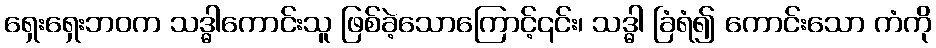
ရှေးရှေးဘဝက သဒ္ဓါကောင်းသူ ဖြစ်ခဲ့သောကြောင့်၎င်း၊ သဒ္ဓါ ခြံရံ၍ ကောင်းသော ကံကို